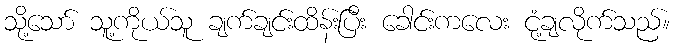
သို့သော် သူ့ကိုယ်သူ ချက်ချင်းထိန်းပြီး ခေါင်းကလေး ငုံ့ချလိုက်သည်။